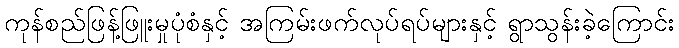
ကုန်စည်ဖြန့်ဖြူးမှုပုံစံနှင့် အကြမ်းဖက်လုပ်ရပ်များနှင့် ရွာသွန်းခဲ့ကြောင်း